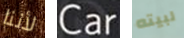
لأننا Car لبيته